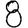
Digit: 8